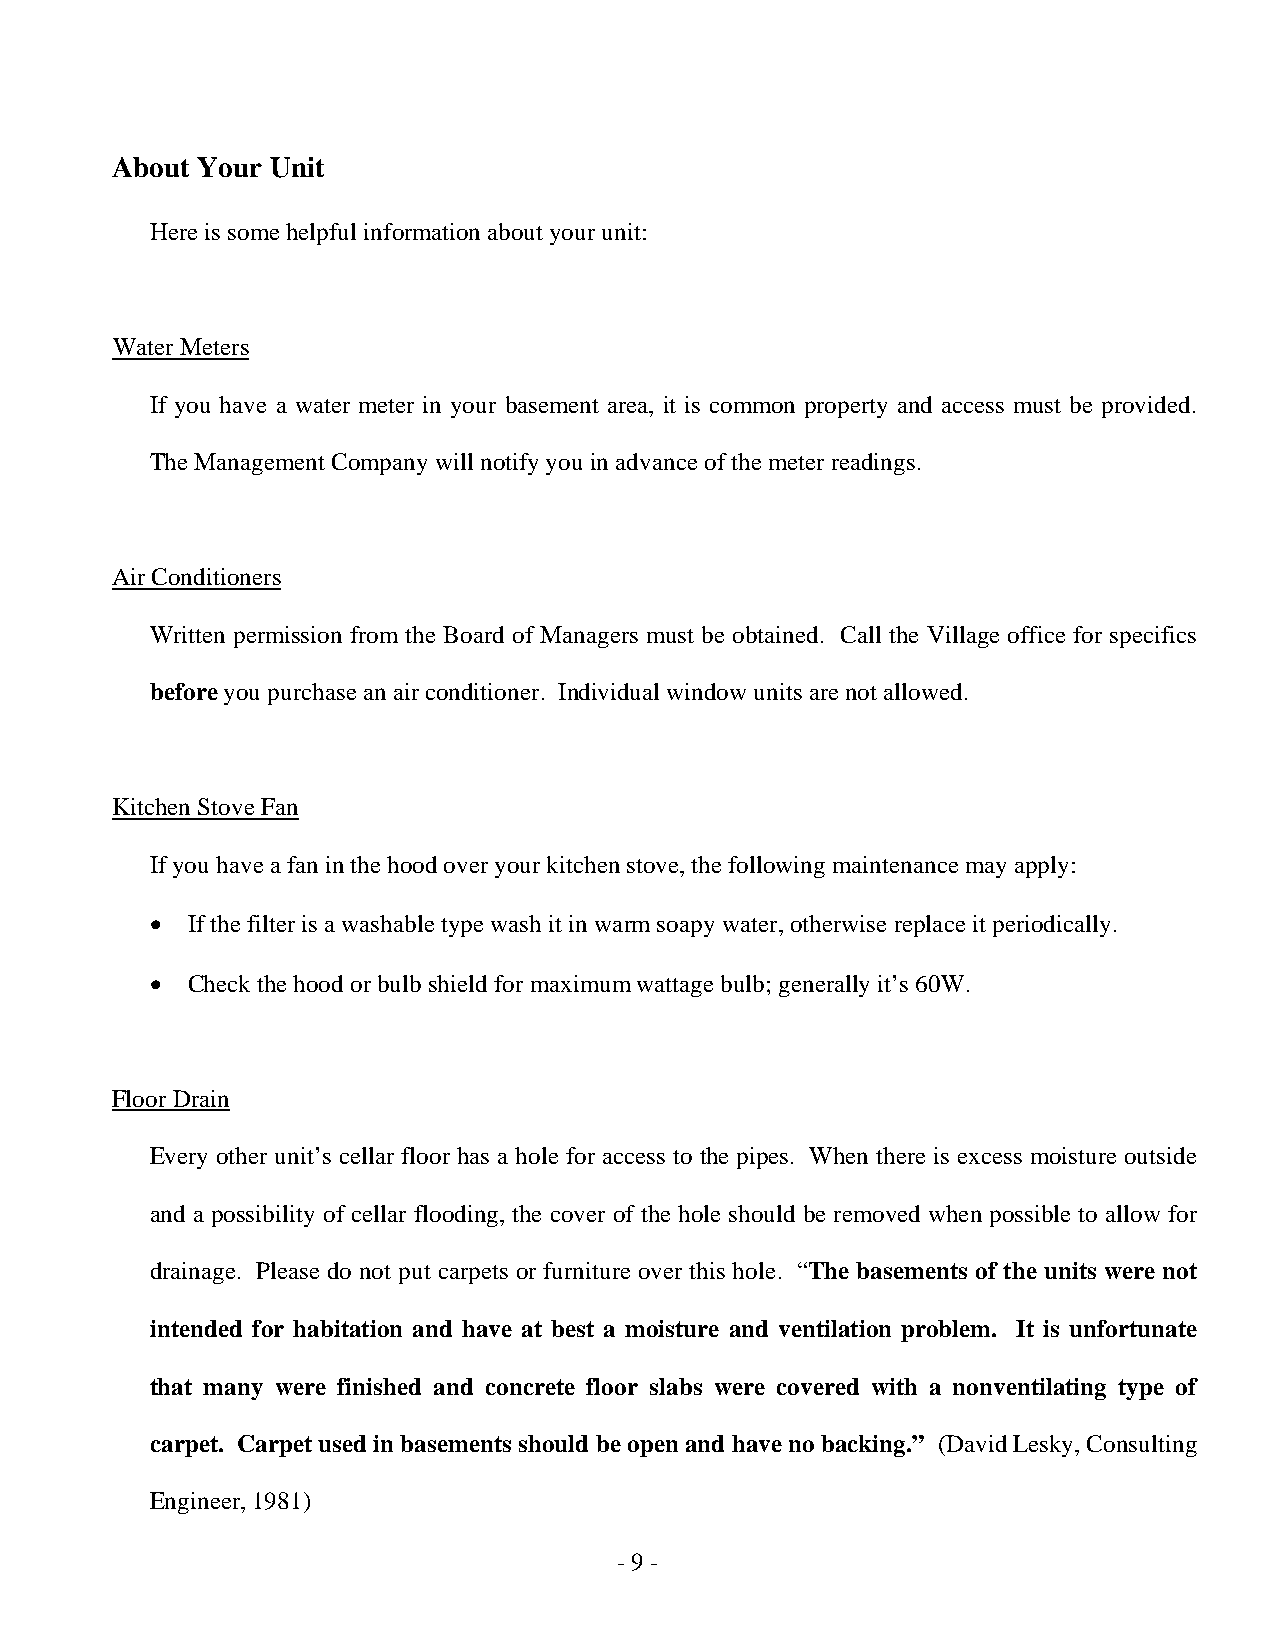
About Your Unit
 Here is some helpful information about your unit:
 Water Meters
 If you have a water meter in your basement area, it is common property and access must be provided.
 The Management Company will notify you in advance of the meter readings.
 Air Conditioners
 Written permission from the Board of Managers must be obtained. Call the Village office for specifics
 before you purchase an air conditioner. Individual window units are not allowed.
 Kitchen Stove Fan
 If you have a fan in the hood over your kitchen stove, the following maintenance may apply:
 • If the filter is a washable type wash it in warm soapy water, otherwise replace it periodically.
 • Check the hood or bulb shield for maximum wattage bulb; generally it’s 60W.
 Floor Drain
 Every other unit’s cellar floor has a hole for access to the pipes. When there is excess moisture outside
 and a possibility of cellar flooding, the cover of the hole should be removed when possible to allow for
 drainage. Please do not put carpets or furniture over this hole. “The basements of the units were not
 intended for habitation and have at best a moisture and ventilation problem. It is unfortunate
 that many were finished and concrete floor slabs were covered with a nonventilating type of
 carpet. Carpet used in basements should be open and have no backing.” (David Lesky, Consulting
 Engineer, 1981)
 - 9 -